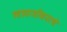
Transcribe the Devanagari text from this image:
खाद्यजीवनाचे